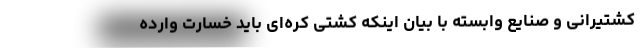
کشتیرانی و صنایع وابسته با بیان اینکه کشتی کره‌ای باید خسارت وارده